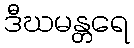
ဒီဃမန္တရေ